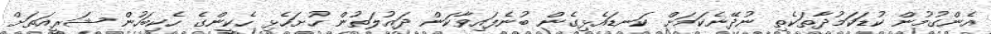
އެންގުމުން ކުޑަކަމުދާތަކެތި ނުދޭނެކަމަށް ކަނޑައެޅިގެން ބުނެފައިވާކަން ދައުލަތުން ހުށަހެޅި ހެކީންގެ ހެކިބަހުން ޝަރީއަތަށް